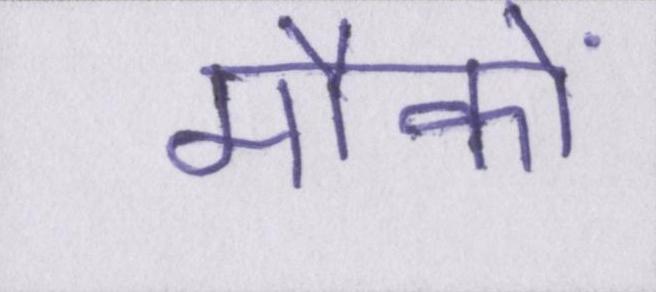
मौकों